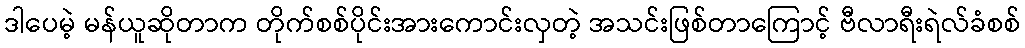
ဒါပေမဲ့ မန်ယူဆိုတာက တိုက်စစ်ပိုင်းအားကောင်းလှတဲ့ အသင်းဖြစ်တာကြောင့် ဗီလာရီးရဲလ်ခံစစ်